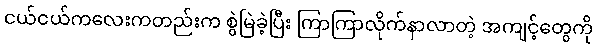
ငယ်ငယ်ကလေးကတည်းက စွဲမြဲခဲ့ပြီး ကြာကြာလိုက်နာလာတဲ့ အကျင့်တွေကို